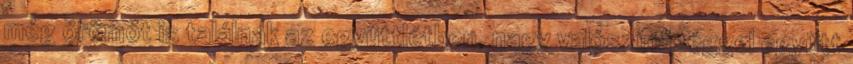
még örömöt is találnak az együttlétben, nagy valószínűséggel együtt